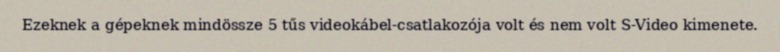
Ezeknek a gépeknek mindössze 5 tűs videokábel-csatlakozója volt és nem volt S-Video kimenete.